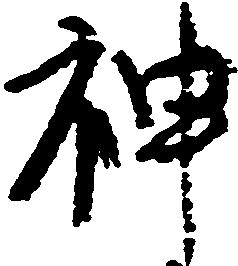
神